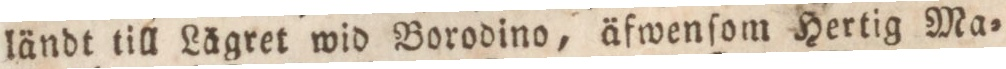
ländt till Lägret wid Borodino, äfwenſom Hertig Ma=